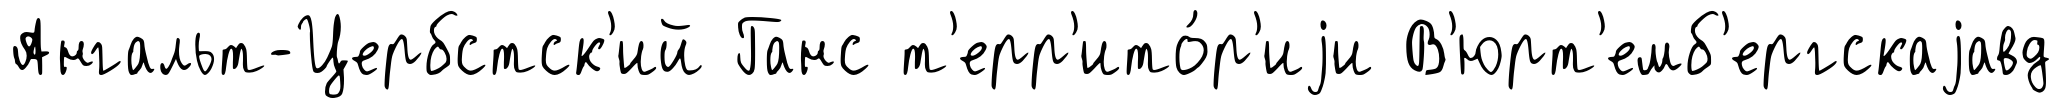
Ангальт-Цербстск'ий Ганс т'ерр'ито́р'иjи В'юрт'емб'ергскаjавд